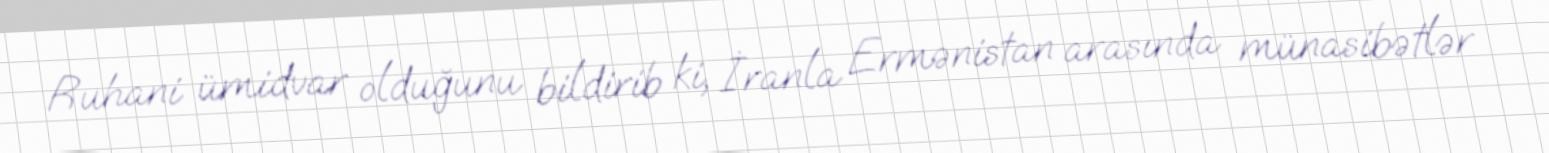
Ruhani ümidvar olduğunu bildirib ki, İranla Ermənistan arasında münasibətlər